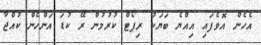
އެހެން އޮވެފައި އިއްޔެ ބަޔަކު ރިޕޯޓް ކުރުމުން ރޭ ކުޑަ އަންހެން ކުއްޖާ